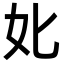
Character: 𡚧